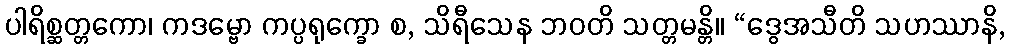
ပါရိစ္ဆတ္တကော၊ ကဒမ္ဗော ကပ္ပရုက္ခော စ, သိရီသေန ဘဝတိ သတ္တမန္တိ။ “ဒွေအသီတိ သဟဿာနိ,